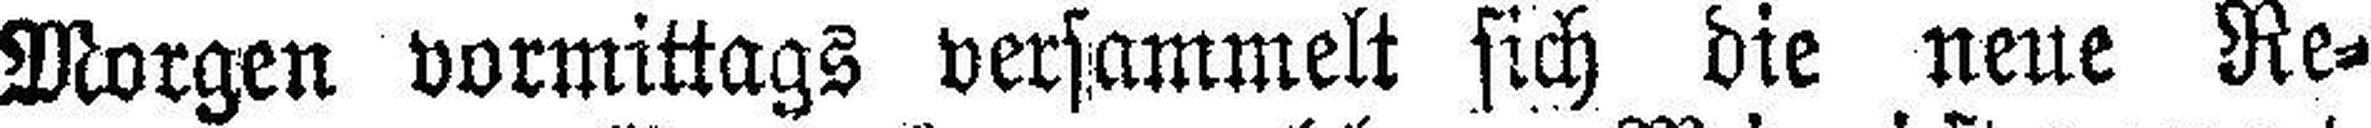
Morgen vormittags versammelt sich die neue Re¬